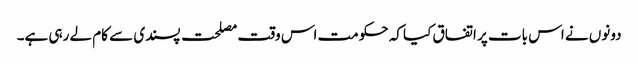
دونوں نے اس بات پر اتفاق کیا کہ حکومت اس وقت مصلحت پسندی سے کام لے رہی ہے۔